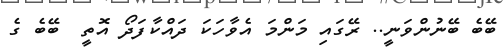
ބޭބެ ބޭނުންވަނީ.. ރޭގައި މަންމަ އެވާހަކަ ދައްކާފަދޯ އޮތީ  ބޭބެ ގެ